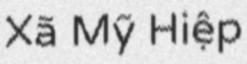
Xã Mỹ Hiệp